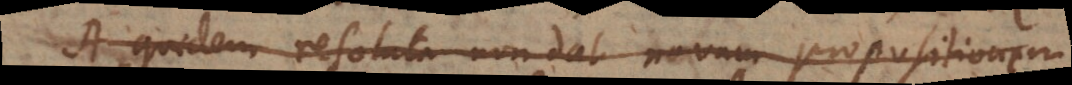
A quidem resoluta non dat novam propositionem